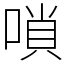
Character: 嗩